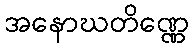
အနောဃတိဏ္ဏေ